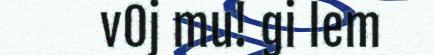
v0j mu! gi lem